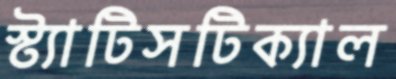
স্ট্যাটিসটিক্যাল